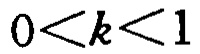
\(0<k<1\)